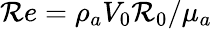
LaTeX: \mathcal{R}e={\rho}_{a}V_{0}\mathcal{R}_{0}/{\mu}_{a}